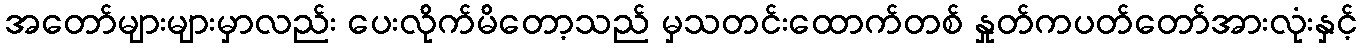
အတော်များများမှာလည်း ပေးလိုက်မိတော့သည် မှသတင်းထောက်တစ် နှုတ်ကပတ်တော်အားလုံးနှင့်